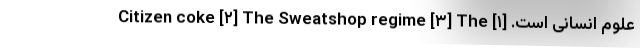
علوم انسانی است. [۱] Citizen coke [۲] The Sweatshop regime [۳] The